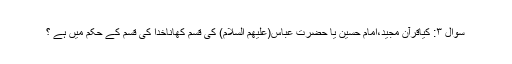
سوال ۳: کیاقرآن مجید،امام حسین یا حضرت عباس(علیهم السلام) کی قسم کھاناخدا کی قسم کے حکم میں ہے ؟